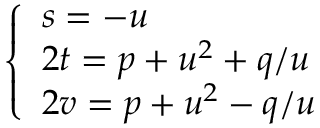
\left\{ { \begin{array} { l } { s = - u } \\ { 2 t = p + u ^ { 2 } + q / u } \\ { 2 v = p + u ^ { 2 } - q / u } \end{array} } \right.